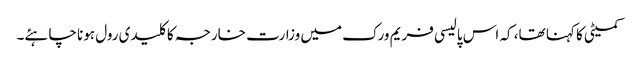
کمیٹی کا کہنا تھا، کہ اس پالیسی فریم ورک میں وزارت خارجہ کا کلیدی رول ہونا چاہئے۔